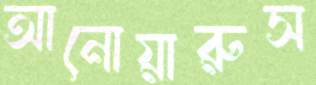
আনোয়ারুস